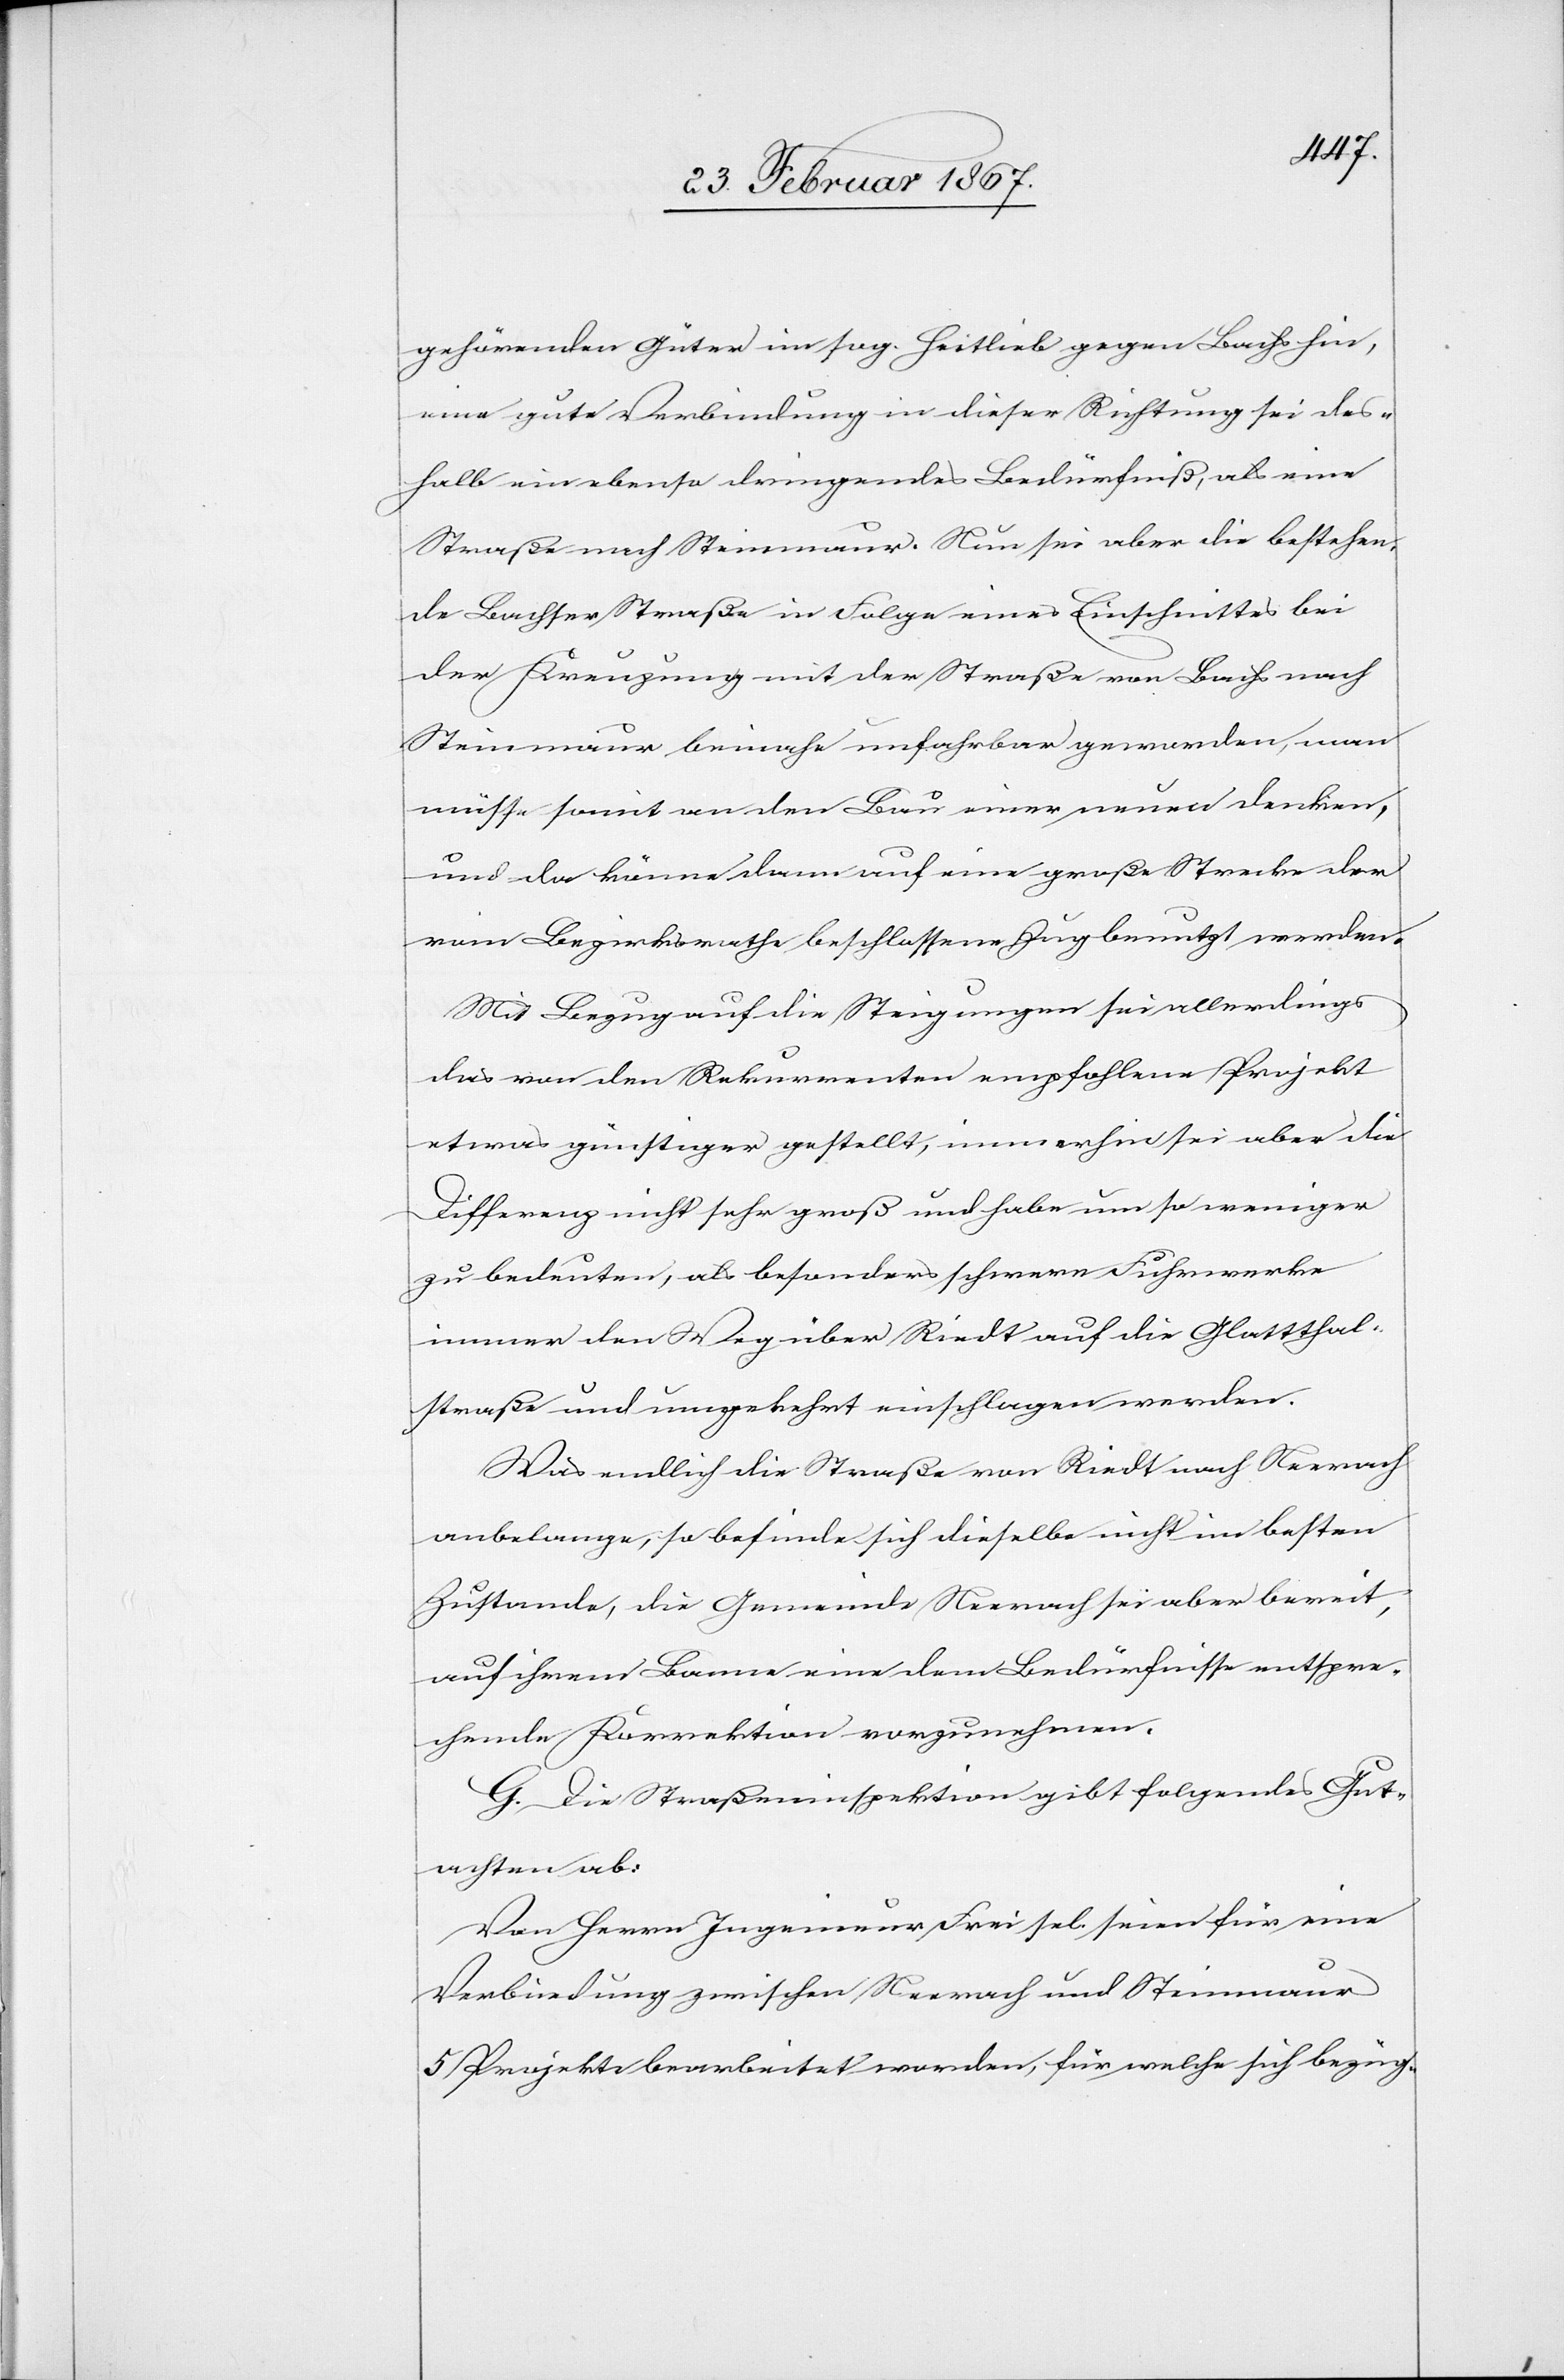
gehörenden Güter im sog. Heitlieb gegen Bachs hin,
eine gute Verbindung in dieser Richtung sei des¬
halb ein ebenso dringendes Bedürfniß, als eine
Straße nach Steinmaur. Neu sei aber die bestehen¬
de Bachser Straße in Folge eines Einschnittes bei
der Kreuzung mit der Straße von Bachs nach
Steinmaur beinahe unfahrbar geworden, man
müsse somit an den Bau einer neuen denken,
und da könne dann auf eine große Strecke der
vom Bezirksrathe beschlossene Zug benutzt werden.
Mit Bezug auf die Steigungen sei allerdings
das von den Rekurrenten empfohlene Projekt
etwas günstiger gestellt, immerhin sei aber die
Differenz nicht sehr groß und habe um so weniger
zu bedeuten, als besonders schwere Fuhrwerke
immer den Weg über Riedt auf die Glattthal¬
straße und umgekehrt einschlagen werden.
Was endlich die Straße von Riedt nach Neerach
anbelange, so befinde sich dieselbe nicht im besten
Zustande, die Gemeinde Neerach sei aber bereit,
auf ihrem Banne eine dem Bedürfnisse entspre¬
chende Korrektion vorzunehmen.
G. Die Straßeninspektion gibt folgendes Gut¬
achten ab:
Von Herrn Ingenieur Frei sel. seien für eine
Verbindung zwischen Neerach und Steinmaur
5 Projekte bearbeitet worden, für welche sich bezüg-